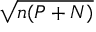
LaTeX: \sqrt { n ( P + N ) }